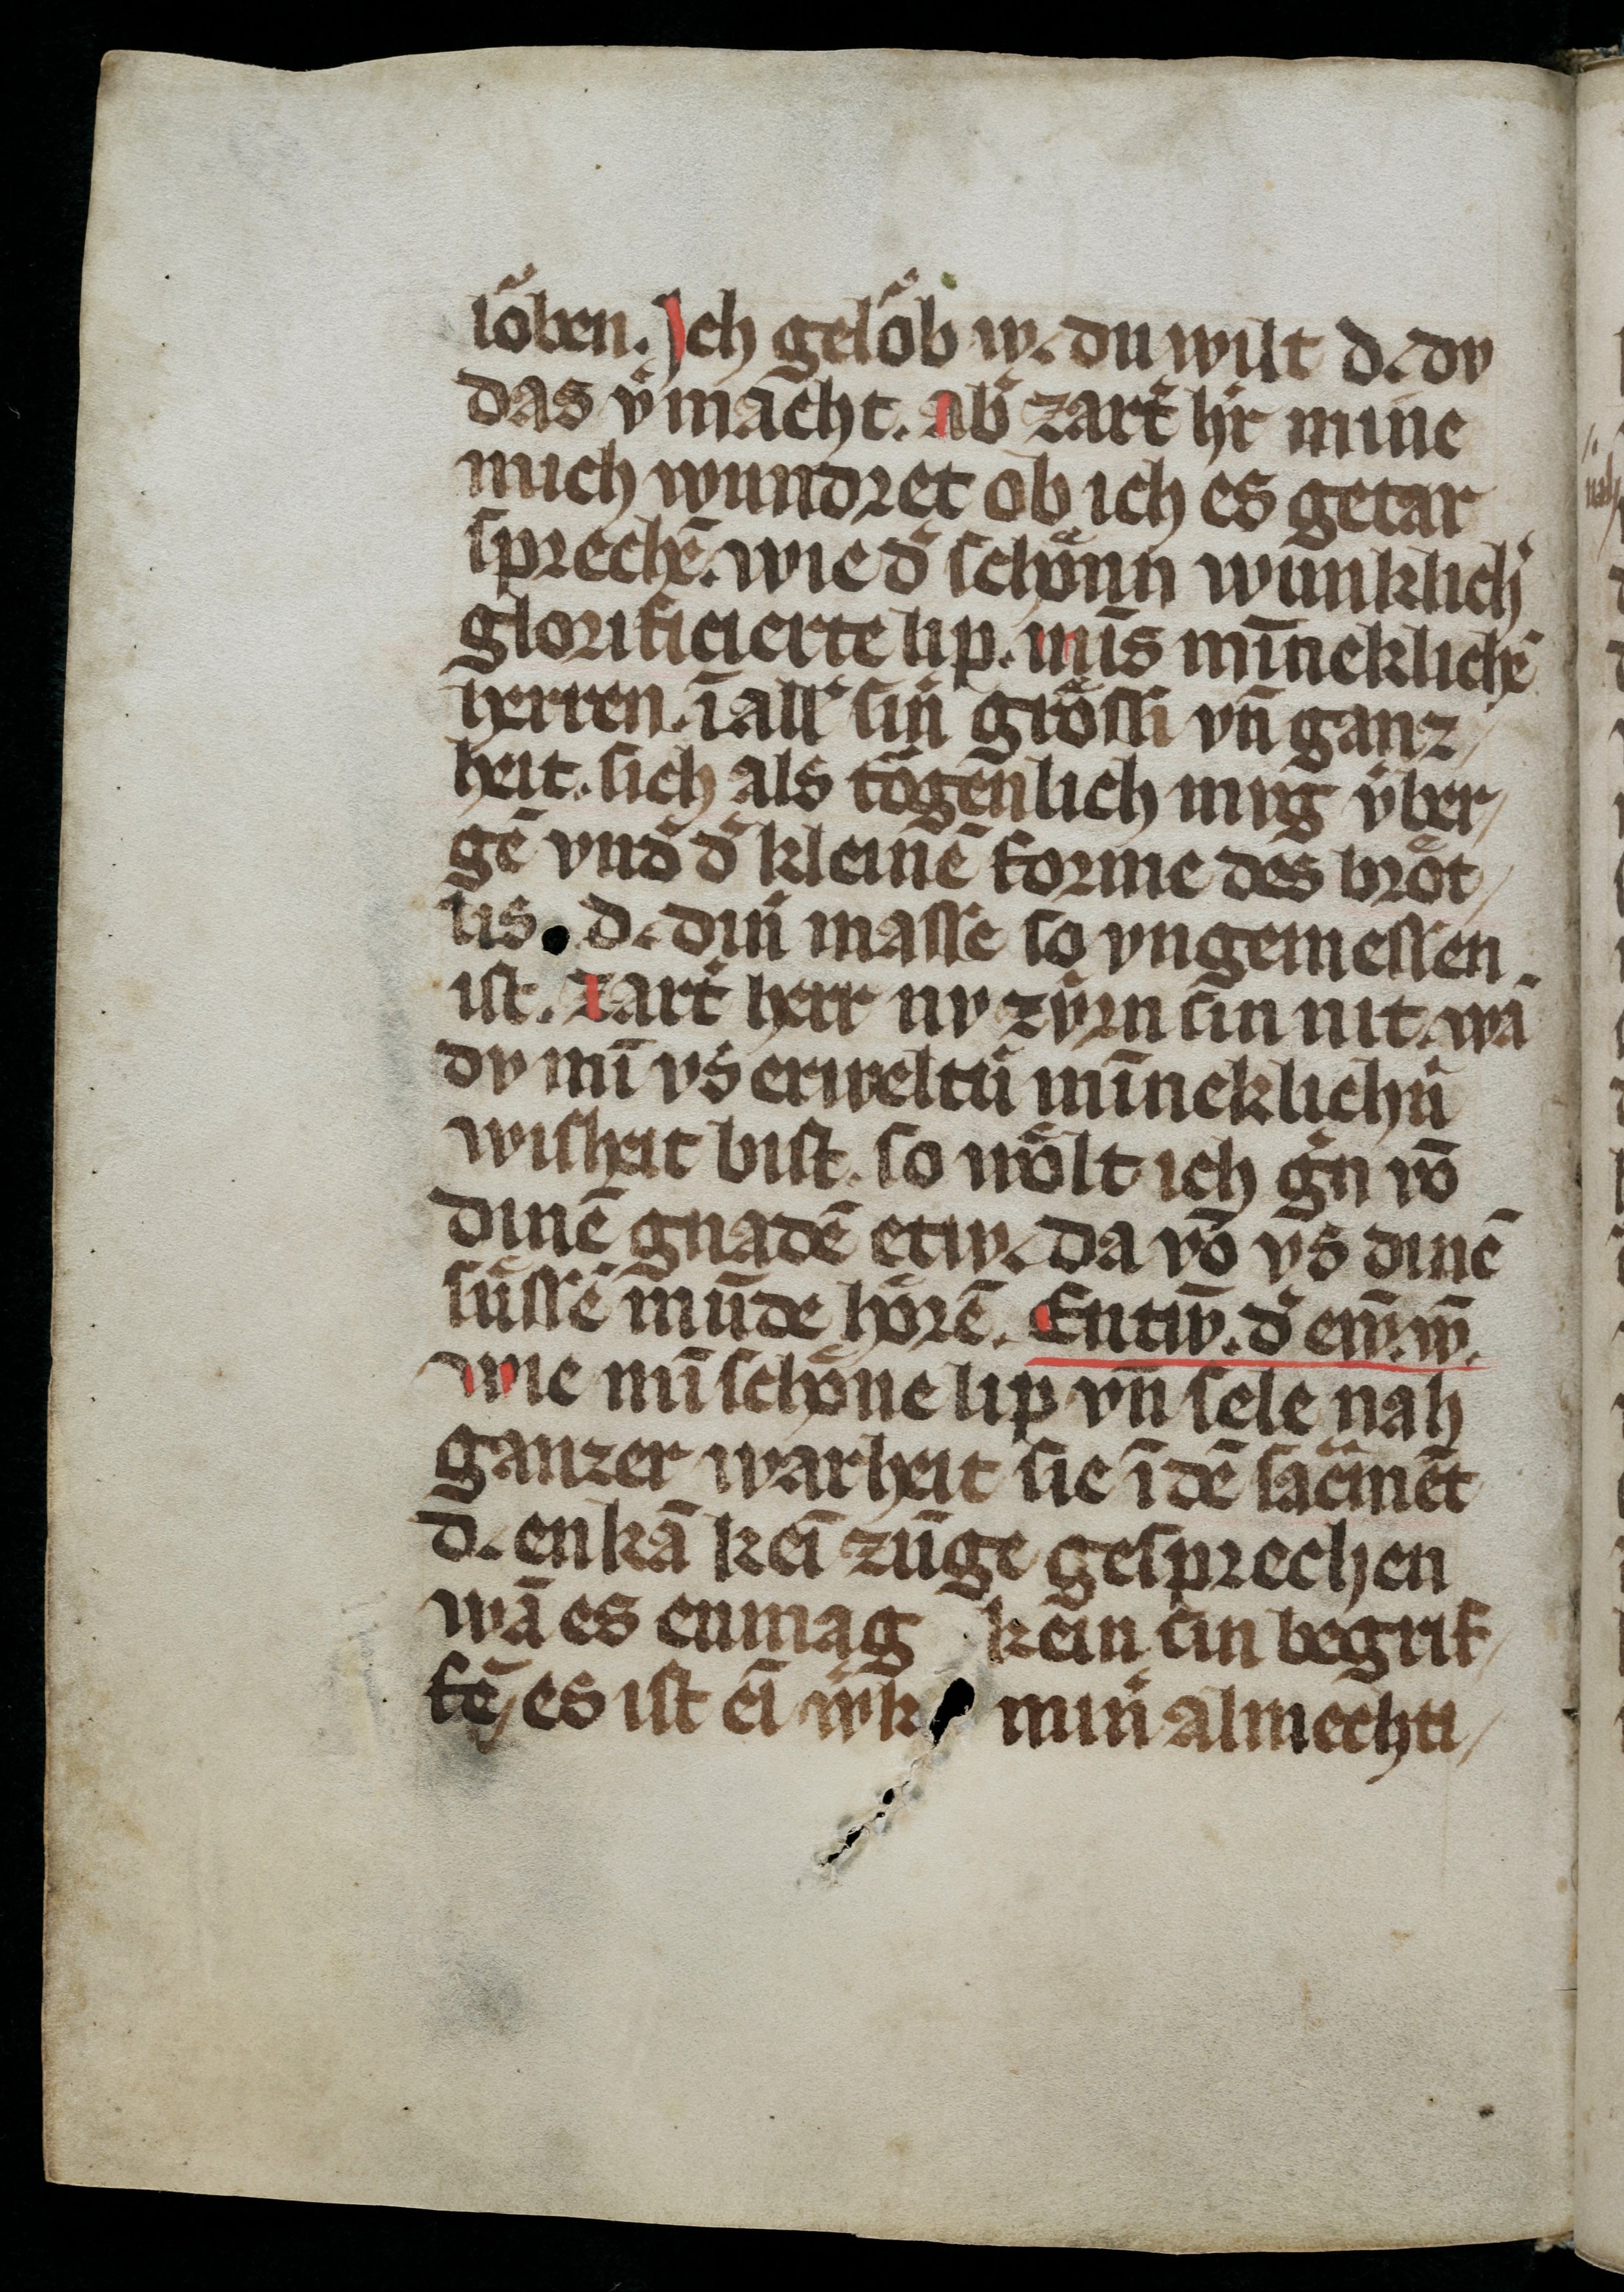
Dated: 1300–1399